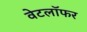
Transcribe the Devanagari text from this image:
वेटलॉफर